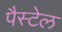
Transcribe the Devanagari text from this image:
पैस्टेल